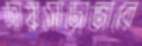
দায়সাড়াভাবে